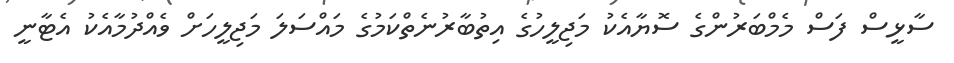
ސާޅީސް ފަސް މެމްބަރުންގެ ސޮޔާއެކު މަޖިލީހުގެ އިތުބާރުނެތްކަމުގެ މައްސަލަ މަޖިލީހަށް ވެއްދުމާއެކު އެޓާނީ